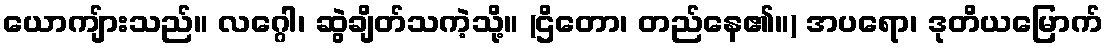
ယောကျ်ားသည်။ လဂ္ဂေါ၊ ဆွဲချိတ်သကဲ့သို့။ (ဌိတော၊ တည်နေ၏။) အပရော၊ ဒုတိယမြောက်